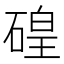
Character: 𱴜